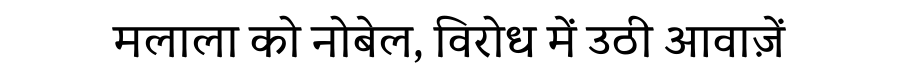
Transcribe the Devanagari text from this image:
मलाला को नोबेल, विरोध में उठी आवाज़ें